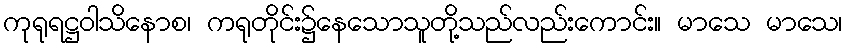
ကုရုရဋ္ဌဝါသိနောစ၊ ကရုတိုင်း၌နေသောသူတို့သည်လည်းကောင်း။ မာသေ မာသေ၊